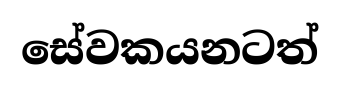
සේවකයනටත්